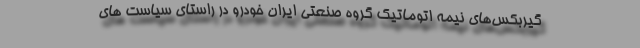
گیربکس‌های نیمه اتوماتیک گروه صنعتی ایران خودرو در راستای سیاست های